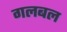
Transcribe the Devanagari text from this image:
गलबल